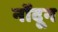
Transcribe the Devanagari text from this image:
नोंदून